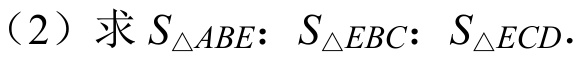
（2）求 \(S_{\triangle ABE}: S_{\triangle EBC}: S_{\triangle ECD}\).